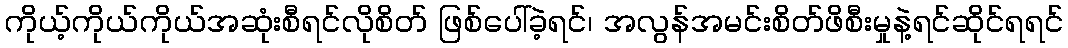
ကိုယ့်ကိုယ်ကိုယ်အဆုံးစီရင်လိုစိတ် ဖြစ်ပေါ်ခဲ့ရင်၊ အလွန်အမင်းစိတ်ဖိစီးမှုနဲ့ရင်ဆိုင်ရရင်